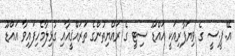
އޭ.ޕީ.ސީ ގެ ވިޔަފާރިއަކީ އައްޑޫ ސިޓީ ގެ ރައްޔިތުންގެ ތަރައްޤީއާއި ގުޅިލާމެހިފައިވާ އައްޑޫ